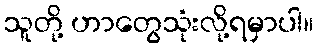
သူတို့ ဟာတွေသုံးလို့ရမှာပါ။